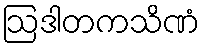
ဩဒါတကသိဏံ